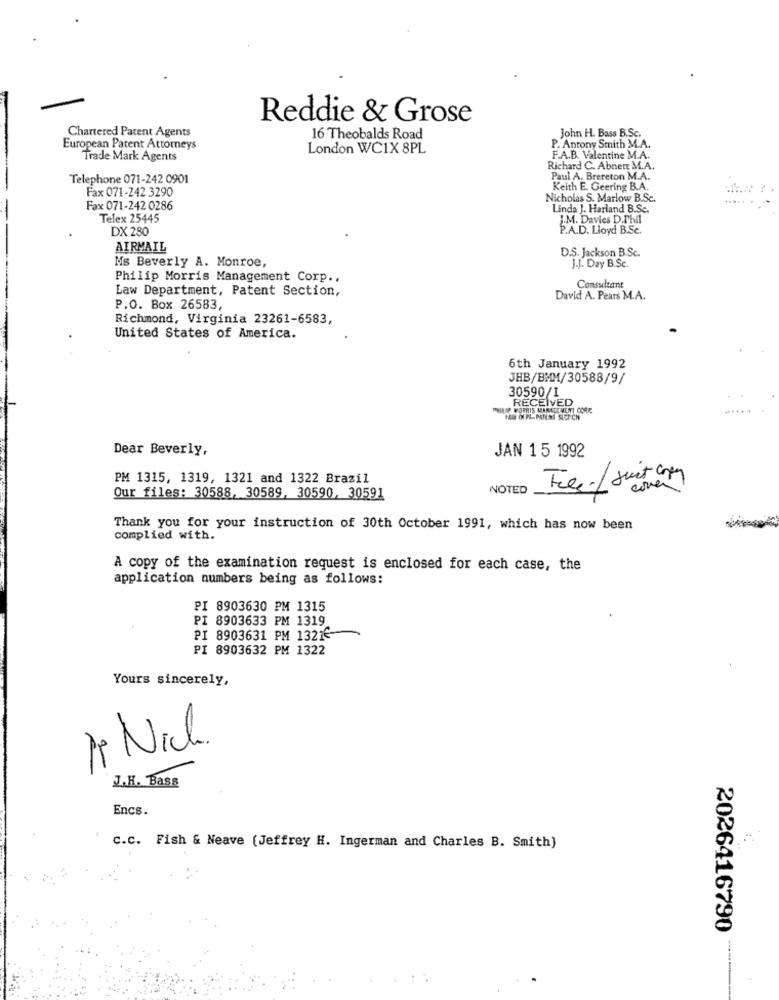
Reddie & Grose
Chartered Patent Agents
16 Theobalds Road
John H. Bass B.Sc.
European Patent Attorneys
London WC1X 8PL
P. Antony Smith M.A.
Trade Mark Agents
F.A.B. Valentine M.A.
Richard C. Abnett M.A.
Telephone 071-242 0901
Paul A. Brereton M.A.
Fax 071-242 3290
Keith E. Geering B.A.
Nicholas S. Marlow B.Sc.
Fax 071-242 0286
Linda J. Harland B.Sc.
Telex 25445
J.M. Davies D.Phil
DX 280
P.A.D. Lloyd B.Sc.
AIRMAIL
D.S. Jackson B.Sc.
Ms Beverly A. Monroe,
J.J. Day B.Sc.
Philip Morris Management Corp .,
Law Department, Patent Section,
Consultant
David A. Pears M.A.
P.O. Box 26583,
Richmond, Virginia 23261-6583,
United States of America.
6th January 1992
JHB/BMM/30588/9/
RECEIVED
30590/1
PHILIP MORRIS MARECEMENT CORR
Dear Beverly,
JAN 15 1992
PM 1315, 1319, 1321 and 1322 Brazil
NOTED
cover
Our files: 30588, 30589, 30590, 30591
Thank you for your instruction of 30th October 1991, which has now been
complied with.
A copy of the examination request is enclosed for each case, the
application numbers being as follows:
PI 8903630 PM 1315
PI 8903633 PM 1319
PI 8903631 PM 1321€
PI 8903632 PM 1322
Yours sincerely,
11 Nich.
J.H. Bass
Encs.
c.c. Fish & Neave (Jeffrey H. Ingerman and Charles B. Smith)
2026416790
--